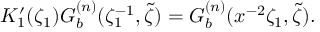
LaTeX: K _ { 1 } ^ { \prime } ( \zeta _ { 1 } ) G _ { b } ^ { ( n ) } ( \zeta _ { 1 } ^ { - 1 } , \tilde { \zeta } ) = G _ { b } ^ { ( n ) } ( x ^ { - 2 } \zeta _ { 1 } , \tilde { \zeta } ) .